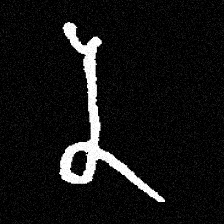
Pyu character \u2014 Myanmar letter: န (romanized: na)